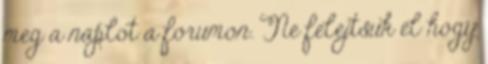
meg a naplot a forumon. Ne felejtsuk el hogy